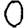
Digit: 0